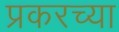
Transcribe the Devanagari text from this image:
प्रकरच्या